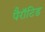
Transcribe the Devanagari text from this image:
पैरॉटिड